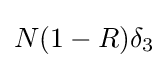
N(1-R)\delta _{3}